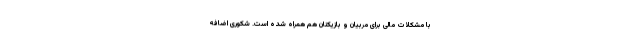
با مشکلات مالی برای مربیان و بازیکنان هم همراه شده است. شکوری اضافه